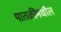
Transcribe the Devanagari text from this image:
पातळींमधील